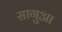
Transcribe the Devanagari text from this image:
सागुआ